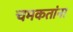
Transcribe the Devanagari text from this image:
चमकतांना